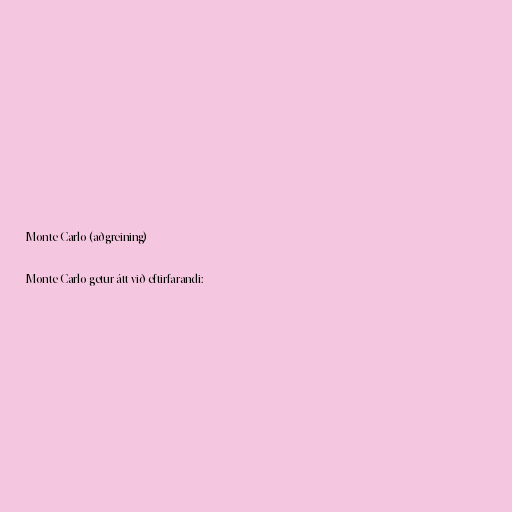
Monte Carlo (aðgreining)

Monte Carlo getur átt við eftirfarandi: